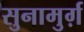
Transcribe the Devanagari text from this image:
सुनामुर्ग़